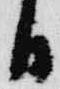
日